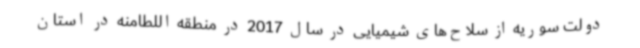
دولت سوریه از سلاح‌های شیمیایی در سال 2017 در منطقه اللطامنه در استان